Plague in India, 1896, 1897 - Volume 1
Year: 1896
Disease focus: Plague
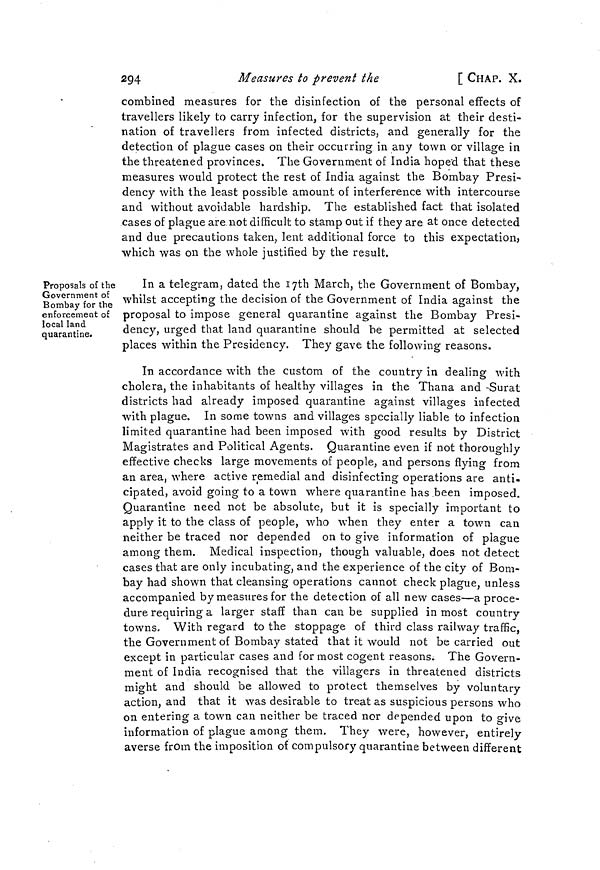
2g4
Measures to prevent the
[ CHAP. X.
combined measures for the disinfection of the personal effects of
travellers likely to carry infection, for the supervision at their desti-
nation of travellers from infected districts, and generally for the
detection of plague cases on their occurring in any town or village in
the threatened provinces. The Government of India hoped that these
measures would protect the rest of India against the Bombay Presi-
dency with the least possible amount of interference with intercourse
and without avoidable hardship. The established fact that isolated
cases of plague are not difficult to stamp out if they are at once detected
and due precautions taken, lent additional force to this expectation,
which was on the whole justified by the result.
Proposals of the
Government of
Bombay for the
enforcement of
local land
quarantine.
In a telegram, dated the 17th March, the Government of Bombay,
whilst accepting the decision of the Government of India against the
proposal to impose general quarantine against the Bombay Presi-
dency, urged that land quarantine should be permitted at selected
places within the Presidency. They gave the following reasons.
In accordance with the custom of the country in dealing with
cholera, the inhabitants of healthy villages in the Thana and Surat
districts had already imposed quarantine against villages infected
with plague. In some towns and villages specially liable to infection
limited quarantine had been imposed with good results by District
Magistrates and Political Agents. Quarantine even if not thoroughly
effective checks large movements of people, and persons flying from
an area, where active remedial and disinfecting operations are anti-
cipated, avoid going to a town where quarantine has been imposed.
Quarantine need not be absolute, but it is specially important to
apply it to the class of people, who when they enter a town can
neither be traced nor depended on to give information of plague
among them. Medical inspection, though valuable, does not detect
cases that are only incubating, and the experience of the city of Bom-
bay had shown that cleansing operations cannot check plague, unless
accompanied by measures for the detection of all new cases—a proce-
dure requiring a larger staff than can be supplied in most country
towns. With regard to the stoppage of third class railway traffic,
the Government of Bombay stated that it would not be carried out
except in particular cases and for most cogent reasons. The Govern-
ment of India recognised that the villagers in threatened districts
might and should be allowed to protect themselves by voluntary
action, and that it was desirable to treat as suspicious persons who
on entering a town can neither be traced nor depended upon to give
information of plague among them. They were, however, entirely
averse from the imposition of compulsory quarantine between different